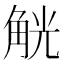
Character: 觥